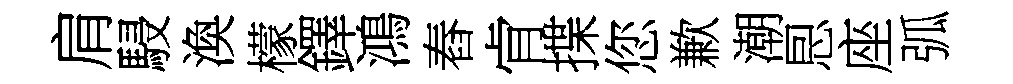
肩駸渙檬鐸鴻舂肻揲您歉潮㤙座弧